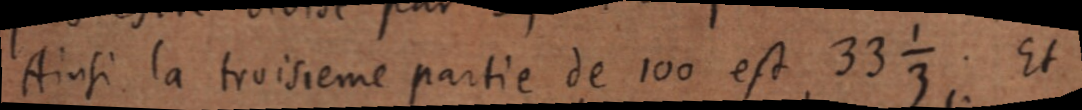
Ainsi la troisieme partie de 100 est 33⅓; Et